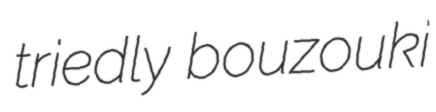
triedly bouzouki